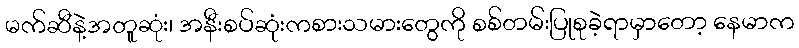
မက်ဆီနဲ့အတူဆုံး၊ အနီးစပ်ဆုံးကစားသမားတွေကို စစ်တမ်းပြုစုခဲ့ရာမှာတော့ နေမာက